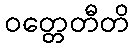
ဝတ္တေတီတိ